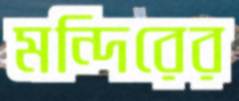
মন্দিরের